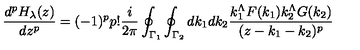
\frac { d ^ { p } H _ { \lambda } ( z ) } { d z ^ { p } } = ( - 1 ) ^ { p } p ! \frac { i } { 2 \pi } \oint _ { { \Gamma } _ { 1 } } \oint _ { { \Gamma } _ { 2 } } d k _ { 1 } d k _ { 2 } \frac { k _ { 1 } ^ { \Lambda } F ( k _ { 1 } ) k _ { 2 } ^ { \Lambda } G ( k _ { 2 } ) } { ( z - k _ { 1 } - k _ { 2 } ) ^ { p } }